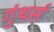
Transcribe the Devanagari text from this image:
गुंथर्स